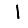
Digit: 1